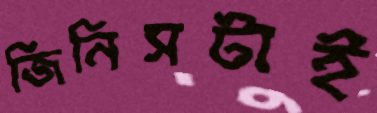
জিনিসটাই